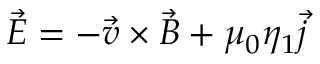
\vec { E } = - \vec { v } \times \vec { B } + \mu _ { 0 } \eta _ { 1 } \vec { j }